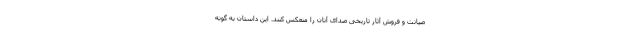
صیانت و فروش آثار تاریخی صدای آنان را منعکس کنند. این داستان به گونه